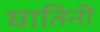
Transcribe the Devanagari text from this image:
घातिनी